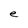
Character: e